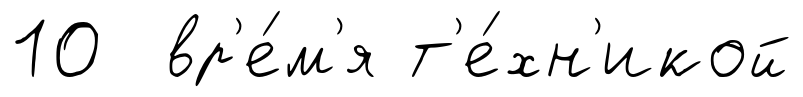
10 вр'е́м'я т'е́хн'икой